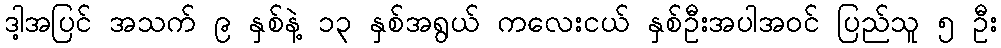
ဒါ့အပြင် အသက် ၉ နှစ်နဲ့ ၁၃ နှစ်အရွယ် ကလေးငယ် နှစ်ဦးအပါအဝင် ပြည်သူ ၅ ဦး